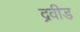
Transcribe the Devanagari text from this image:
द्रवीड